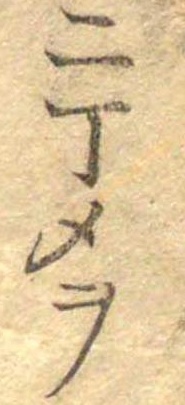
二丁メヲ